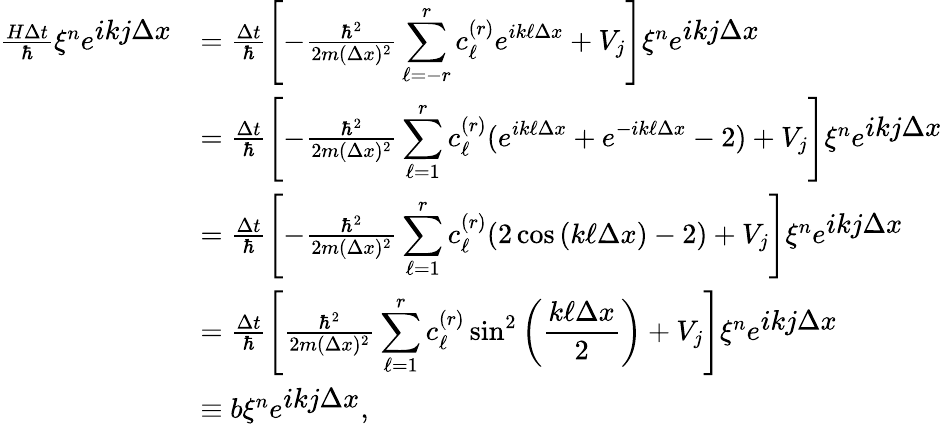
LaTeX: \begin{array}{rl}{\frac{H\Delta t}{\hbar}\xi^{n}e^{\displaystyle ikj\Delta x}}&{=\frac{\Delta t}{\hbar}\left[-\frac{\hbar^{2}}{2m(\Delta x)^{2}}\displaystyle\sum_{\ell=-r}^{r}c_{\ell}^{(r)}e^{ik\ell\Delta x}+V_{j}\right]\xi^{n}e^{\displaystyle ikj\Delta x}}\\ &{=\frac{\Delta t}{\hbar}\left[-\frac{\hbar^{2}}{2m(\Delta x)^{2}}\displaystyle\sum_{\ell=1}^{r}c_{\ell}^{(r)}(e^{ik\ell\Delta x}+e^{-ik\ell\Delta x}-2)+V_{j}\right]\xi^{n}e^{\displaystyle ikj\Delta x}}\\ &{=\frac{\Delta t}{\hbar}\left[-\frac{\hbar^{2}}{2m(\Delta x)^{2}}\displaystyle\sum_{\ell=1}^{r}c_{\ell}^{(r)}(2\cos{(k\ell\Delta x)}-2)+V_{j}\right]\xi^{n}e^{\displaystyle ikj\Delta x}}\\ &{=\frac{\Delta t}{\hbar}\left[\frac{\hbar^{2}}{2m(\Delta x)^{2}}\displaystyle\sum_{\ell=1}^{r}c_{\ell}^{(r)}\sin^{2}\left(\frac{k\ell\Delta x}{2}\right)+V_{j}\right]\xi^{n}e^{\displaystyle ikj\Delta x}}\\ &{\equiv b\xi^{n}e^{\displaystyle ikj\Delta x},}\end{array}